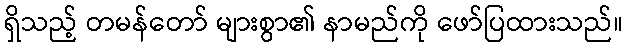
ရှိသည့် တမန်တော် များစွာ၏ နာမည်ကို ဖော်ပြထားသည်။